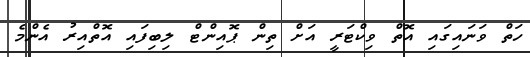
ހަތް ވަނައިގައި އޮތް ވިކްޓަރީ އަށް ތިން ޕޮއިންޓް ލިބިފައި އޮތްއިރު އެންމެ